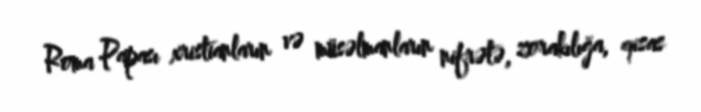
Roma Papası xristianların və müsəlmanların nifrətə, zorakılığa, qisas